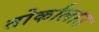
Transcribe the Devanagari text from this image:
तोर्कालाउ